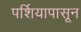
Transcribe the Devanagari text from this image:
पर्शियापासून